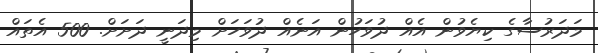
މަދަރުސާގެ ކިޔެވުން އެއް ދުވަހުން އަނެއް ދުވަހަށް މިދަނީ ދަށަށް. 500 އެތައް